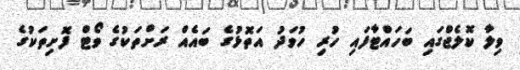
ވިލާ ކޮލެޖްގައި ބަހައްޓާފައި ހުރި ހުވަދު އަތޮޅުގެ ބައެއް ރަށްތަކުގެ ވޯޓް ފޮށިތަކުގެ